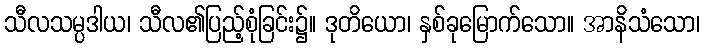
သီလသမ္ပဒါယ၊ သီလ၏ပြည့်စုံခြင်း၌။ ဒုတိယော၊ နှစ်ခုမြောက်သော။ အာနိသံသော၊